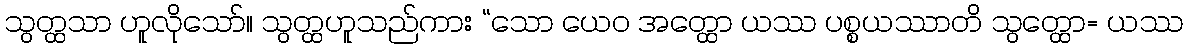
သွတ္ထသာ ဟူလိုသော်။ သွတ္ထဟူသည်ကား “သော ယေဝ အတ္ထော ယဿ ပစ္စယဿာတိ သွတ္ထော= ယဿ